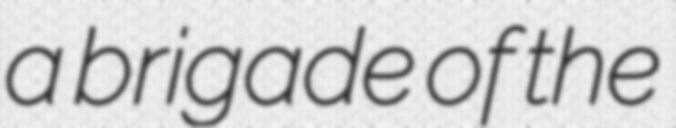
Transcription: a brigade of the